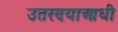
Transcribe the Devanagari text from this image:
उतरण्याआधी